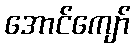
အောင်ကျော်